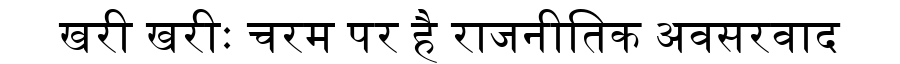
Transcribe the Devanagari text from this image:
खरी खरीः चरम पर है राजनीतिक अवसरवाद